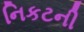
નિકટની